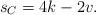
LaTeX: \begin{align*}s_C = 4k-2v.\end{align*}